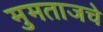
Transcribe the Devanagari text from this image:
मुमताजचे